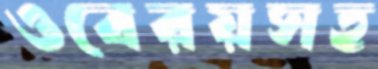
ওবেরয়সহ